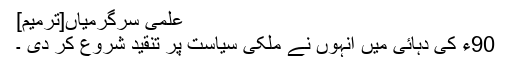
علمی سرگرمیاں[ترمیم]
90ء کی دہائی میں انہوں نے ملکی سیاست پر تنقید شروع کر دی ۔